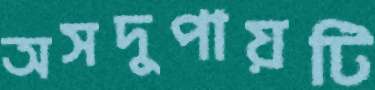
অসদুপায়টি